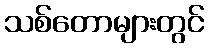
သစ်တောများတွင်